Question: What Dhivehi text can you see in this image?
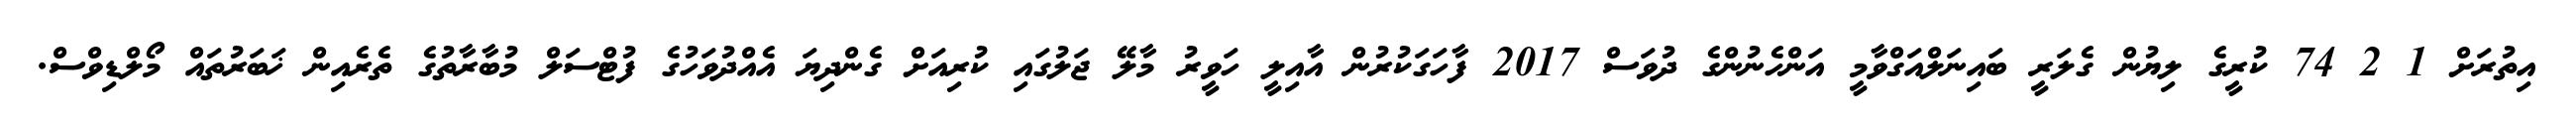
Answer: އިތުރަށް 1 2 74 ކުރީގެ ލިޔުން ގެލަރީ ބައިނަލްއަގްވާމީ އަންހެނުންގެ ދުވަސް 2017 ފާހަގަކުރުން އާއިލީ ހަވީރު މާލޭ ޖަލުގައި ކުރިއަށް ގެންދިޔަ އެއްދުވަހުގެ ފުޓްސަލް މުބާރާތުގެ ތެރެއިން ޚަބަރުތައް މޯލްޑިވްސް.